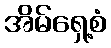
အိမ်ရှေ့စံ